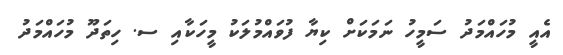
އެއީ މުހައްމަދު ސަމީހު ނަމަކަށް ކިޔާ ފުވައްމުލަކު މީހަކާއި ސ. ހިތަދޫ މުހައްމަދު